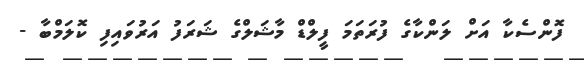
ފޮންސެކާ އަށް ލަންކާގެ ފުރަތަމަ ފީލްޑް މާޝަލްގެ ޝަރަފު އަރުވައިފި ކޮލަމްބާ -